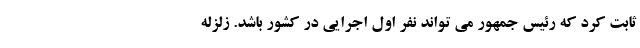
ثابت کرد که رئیس جمهور می تواند نفر اول اجرایی در کشور باشد. زلزله